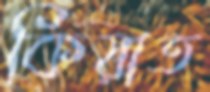
কিয়াত